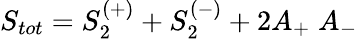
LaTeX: S_{tot}=S_{2}^{(+)}+S_{2}^{(-)}+2A_{+}\; A_{-}